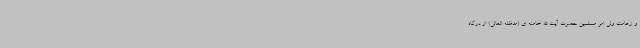
و زعامت ولی امر مسلمین حضرت آیت الله خامنه ای (مدظله العالی) از درگاه